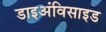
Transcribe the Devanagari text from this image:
डाइअंविसाइड